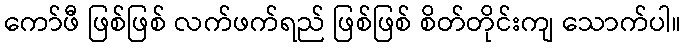
ကော်ဖီ ဖြစ်ဖြစ် လက်ဖက်ရည် ဖြစ်ဖြစ် စိတ်တိုင်းကျ သောက်ပါ။